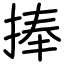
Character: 捧